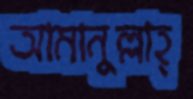
আমানুল্লাহ্